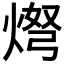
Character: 𬊨